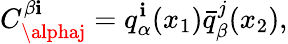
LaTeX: C_{\alphaj}^{\beta\mathbf{i}}=q_{\alpha}^{\mathbf{i}}(x_{1})\bar{{q}}_{\beta}^{j}(x_{2}),